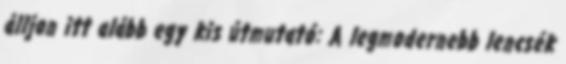
álljon itt alább egy kis útmutató: A legmodernebb lencsék